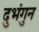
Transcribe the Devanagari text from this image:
दुभंगुन